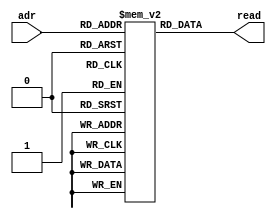
module ROM(adr,read);
  input [5:0] adr;
  output [7:0] read;
  reg [7:0] datastore[0:63];
  (* romstyle = "M9K" *)(* ram_init_file = "sine.mif" *) reg [7:0] rom [63:0];
  reg [7:0] readval;
  always@(adr)
  begin
    readval = datastore[adr];
  end
  assign read = readval;
endmodule